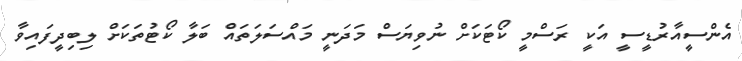
އެންސީއާރުޑީސީ އަކީ ރަސްމީ ކޯޓަކަށް ނުވިޔަސް މަދަނީ މައްސަލަތައް ބަލާ ކޯޓުތަކަށް ލިބިދީފައިވާ